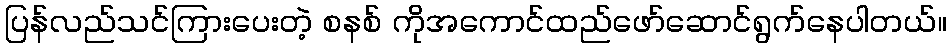
ပြန်လည်သင်ကြားပေးတဲ့ စနစ် ကိုအကောင်ထည်ဖော်ဆောင်ရွက်နေပါတယ်။